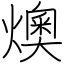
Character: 燠